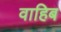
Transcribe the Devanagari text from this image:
वाहिब